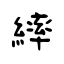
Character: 繂